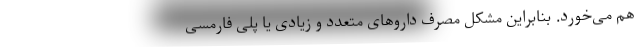
هم می‌خورد. بنابراین مشکل مصرف داروهای متعدد و زیادی یا پلی فارمسی